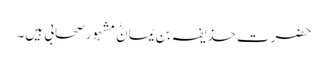
حضرت حذیفہ بن یمانؓ مشہور صحابی ہیں۔